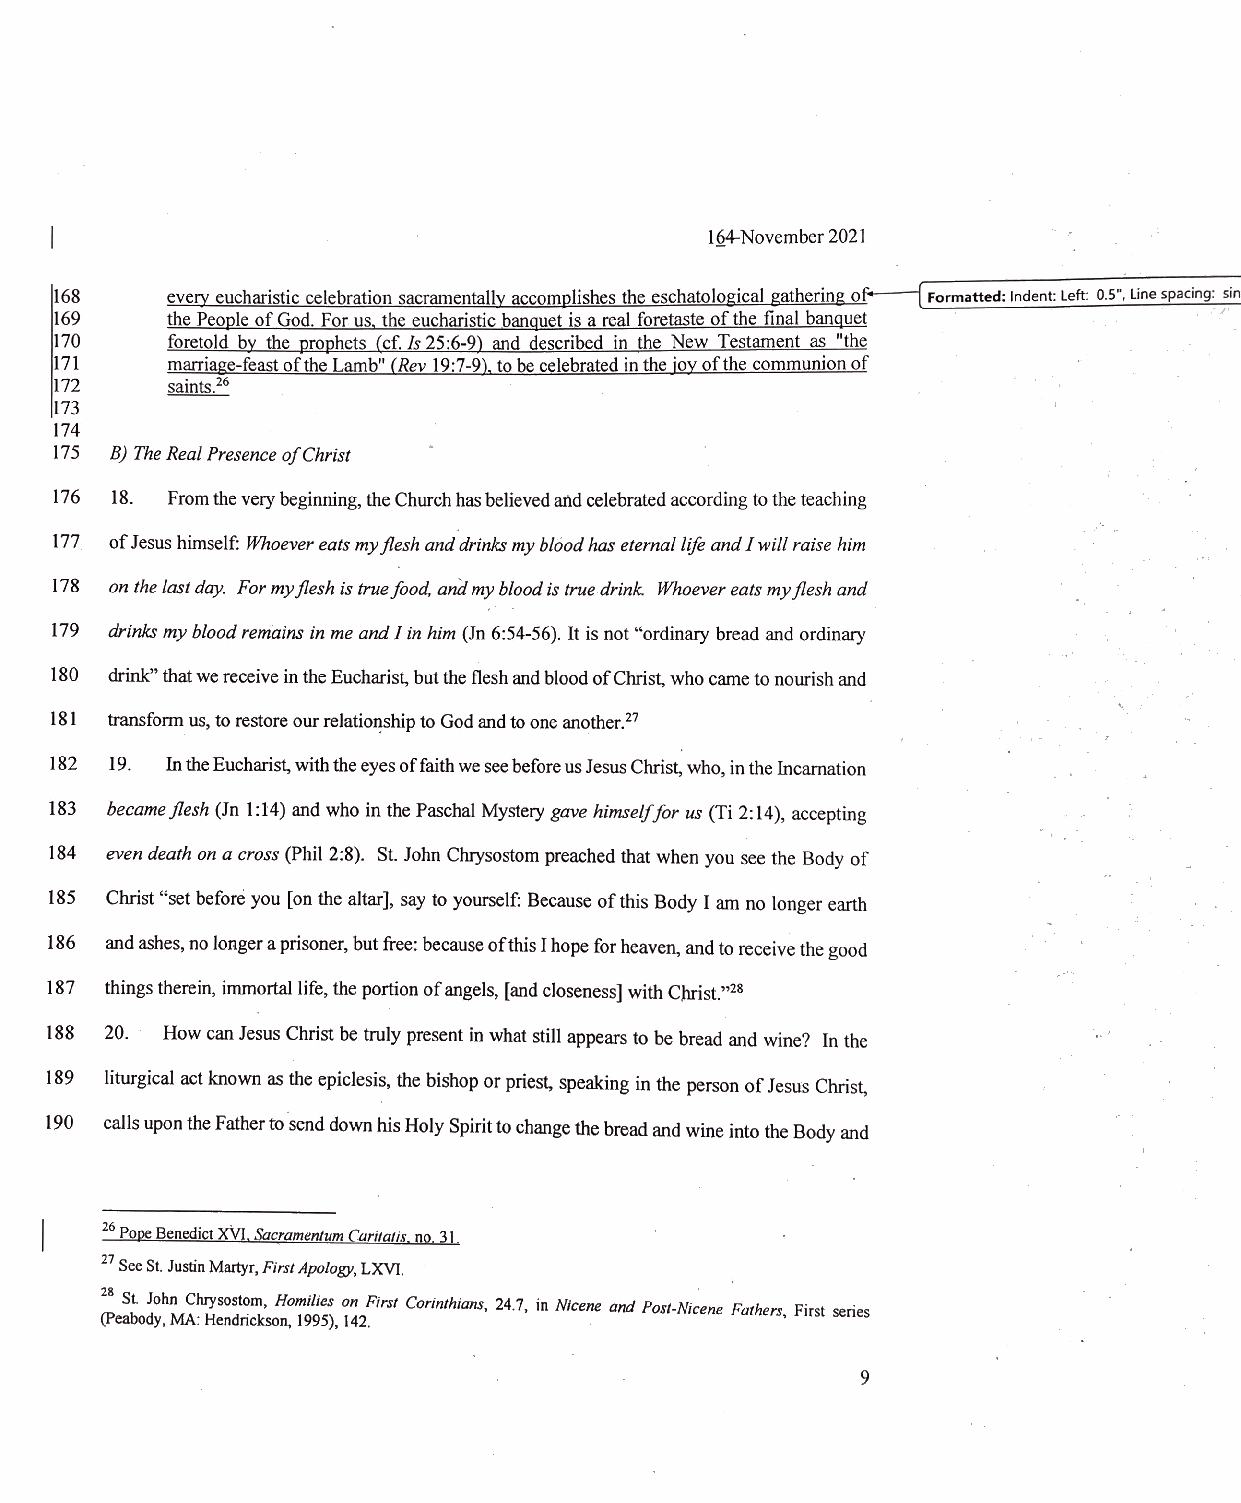
164-November2021
 168    every eucharistic celebration sacramentally accomplishes the eschatological gathering o Formatted: Indent: Left: 0.5", Line spacing: sin
 169    the People of God. Forus, the eucharistic banquet is a real foretaste of the final banquet é
 170    foretold by the prophets (cf. Js25:6-9) and described in the New Testament_as "the
 171    marriage-feast ofthe Lamb" (Rev 19:7-9), tobecelebrated inthe joy ofthe communionof
 172     saints.26
 174
 175 B) TheRealPresence ofChrist
 176 18. Fromtheverybeginning,theChurchhasbelievedandcelebratedaccording tothe teaching
 177 ofJesushimself: Whoever eatsmyfleshanddrinks mybloodhaseternallife andI will raise him
 178 on thelastday. For myflesh istruefood, and mybloodistruedrink. Whoevereats myflesh and
 179 drinks my blood remains in me andI in him (in 6:54-56), It isnot ?ordinary bread and ordinary
 180 drink? thatwe receive intheEucharist,butthe flesh and bloodofChrist,who cameto nourishand
 181 transformus, to restoreourrelationshipto Godandto oneanother.? |
 182 19. IntheEucharist,withtheeyesoffaith weseebeforeusJesusChrist,who, intheIncarnation
 183 becameflesh (Jn 1:14) andwho in thePaschal Mystery gavehimselffor us (Ti 2:14), accepting
 184 evendeath on a cross(Phil 2:8). St. John Chrysostom preachedthatwhen you seethe Body of
 185 Christ ?setbefore you [onthe altar], say to yourself: Because of this Body I amno longer earth
 186 andashes,no longeraprisoner, butfree:becauseofthisIhopeforheaven, andto receivethegood
 187 thingstherein, immortal life,theportion ofangels, [andcloseness] withChrist.?28
 188 20. HowcanJesusChristbe truly present inwhat still appears to bebreadand wine? Inthe
 189 liturgical actknown asthe epiclesis, thebishop orpriest, speaking inthe person of JesusChrist,
 190 calls upontheFathertosend downhis HolySpirittochangethebread andwineintotheBody and
 26Pope BenedictXVI,Sacramentum Caritatis, no, 31
 27 SeeSt. JustinMartyr,FirstApology,LXVI.
 28 st John Chrysostom, Homilies on First Corinthians, 24.7, in Nicene and Post-Nicene Fathers, First series
 (Peabody,MA: Hendrickson, 1995), 142.